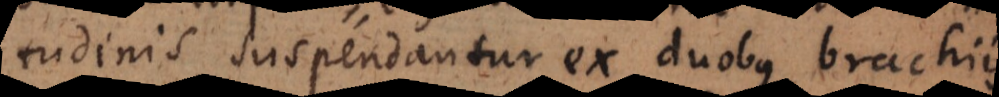
tudinis suspendantur ex duobus brachiis